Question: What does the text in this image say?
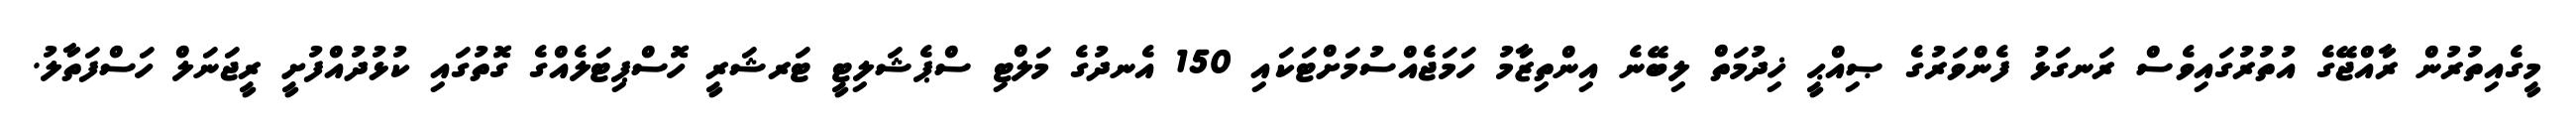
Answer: މީގެއިތުރުން ރާއްޖޭގެ އުތުރުގައިވެސް ރަނގަޅު ފެންވަރުގެ ޞިއްޙީ ޚިދުމަތް ލިބޭނެ އިންތިޒާމު ހަމަޖެއްސުމަށްޓަކައި 150 އެނދުގެ މަލްޓި ސްޕެޝަލިޓީ ޓަރޝަރީ ހޮސްޕިޓަލެއްގެ ގޮތުގައި ކުޅުދުއްފުށީ ރީޖަނަލް ހަސްފަތާލު.